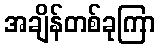
အချိန်တစ်ခုကြာ